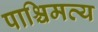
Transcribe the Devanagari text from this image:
पाश्चिमत्य